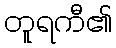
တူရကီ၏